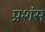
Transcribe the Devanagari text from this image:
प्रशंस